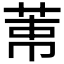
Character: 𦲐